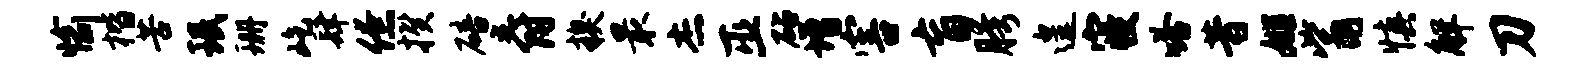
愉楷苦珉珊屹肆僚揆碚爵糗最杰巫砧增害盲胯遑寝嗒昔姬觜慎解刀